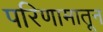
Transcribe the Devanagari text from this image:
परिणामातून